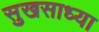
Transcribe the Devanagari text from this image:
सुखसाध्या